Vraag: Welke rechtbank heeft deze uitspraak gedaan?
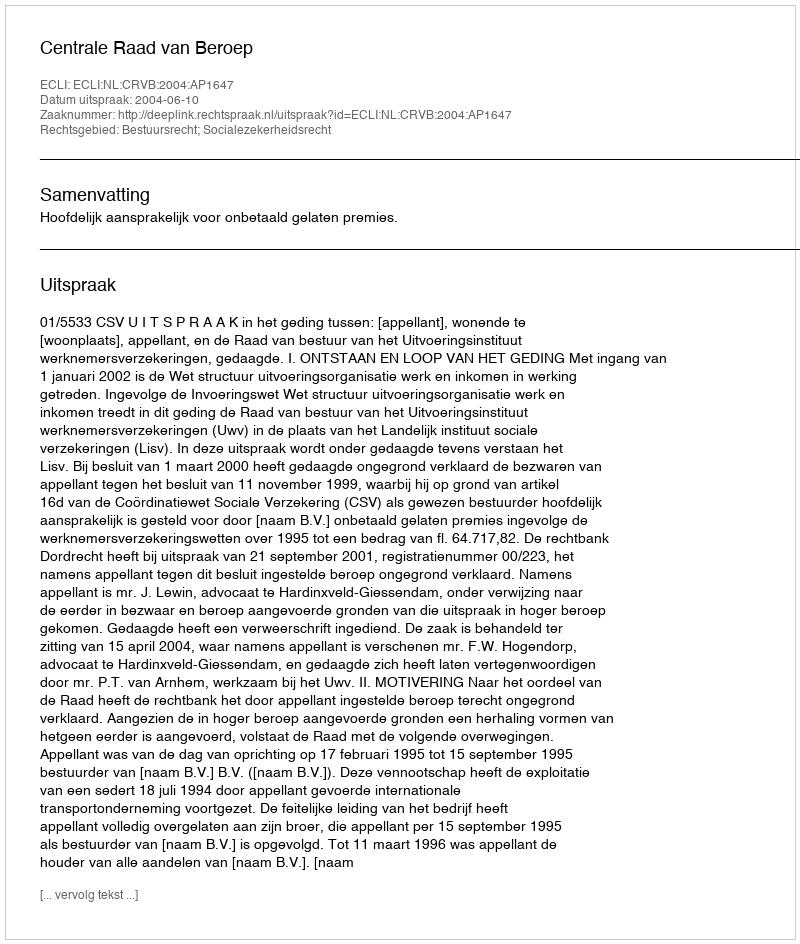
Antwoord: Centrale Raad van Beroep